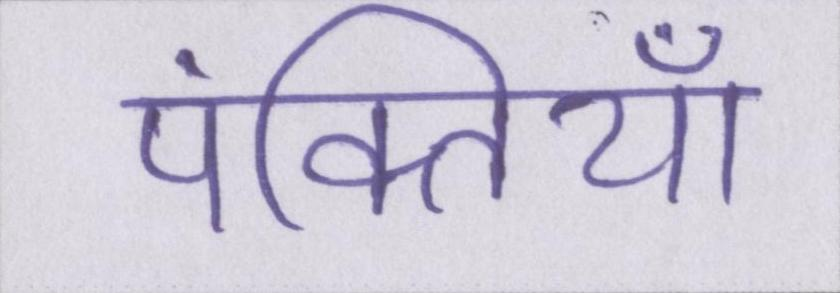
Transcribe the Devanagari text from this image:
पंक्तियाँ